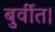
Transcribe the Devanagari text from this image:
बुर्वीत।